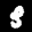
Label: 3